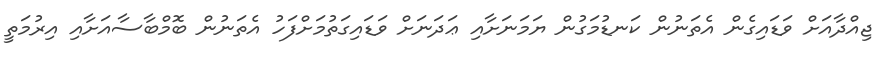
ޖިއްދާއަށް ވަޑައިގެން އެތަނުން ކަނޑުމަގުން ޔަމަނަށާއި ޢަދަނަށް ވަޑައިގަތުމަށްފަހު އެތަނުން ބޮމްބާސާއަށާއި އިރުމަތީ